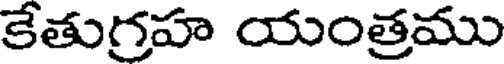
కేతుగ్రహ యంత్రము